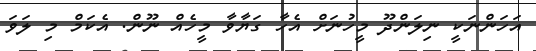
އަހަންނަކީ ނިލަންދޫ މީހުނަށް އެހާ ގަޔާވާ މީހެއް ނޫން. އެކަމް މި ލަވަ